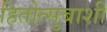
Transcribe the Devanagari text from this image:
हितोत्सुबाशी